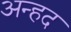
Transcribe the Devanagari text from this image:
अन्‍हद